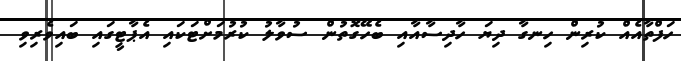
ހަފްތާއެއް ކުރިން ހިނގާ ދިޔަ ހާދިސާއާއި ބެހޭގޮތުން ސުވާލު ކުރުމަށްޓަކައި އެޕާޓީގައި ބައިވެރިވި